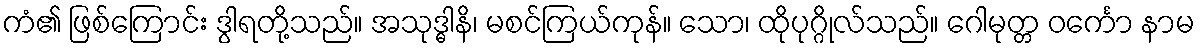
ကံ၏ ဖြစ်ကြောင်း ဒွါရတို့သည်။ အသုဒ္ဓါနိ၊ မစင်ကြယ်ကုန်။ သော၊ ထိုပုဂ္ဂိုလ်သည်။ ဂေါမုတ္တ ဝင်္ကော နာမ